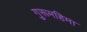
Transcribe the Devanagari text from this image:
गुरूमहिमा